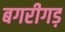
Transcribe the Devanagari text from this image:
बगरीगड़